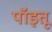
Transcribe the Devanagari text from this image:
पॉइतू